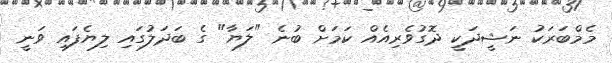
މެމްބަރަކު ނަޝީދަކީ ދޮގުވެރިއެއް ކަމަށް ބުނެ "ލަޔާ" ގެ ބަދަލުގައި ލިޔެފައި ވަނީ